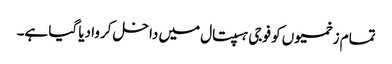
تمام زخمیوں کو فوجی ہسپتال میں داخل کروا دیا گیا ہے۔